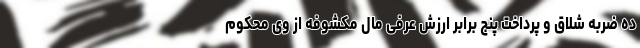
ده ضربه شلاق و پرداخت پنج برابر ارزش عرفی مال مکشوفه از وی محکوم